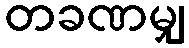
တခဏမျှ